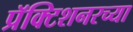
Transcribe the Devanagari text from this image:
प्रॅक्टिशनरच्या